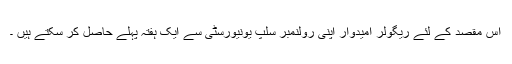
اس مقصد کے لئے ریگولر امیدوار اپنی رولنمبر سلپ یونیورسٹی سے ایک ہفتہ پہلے حاصل کر سکتے ہیں ۔